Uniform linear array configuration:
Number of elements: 12
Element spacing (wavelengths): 0.75
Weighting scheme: exponential
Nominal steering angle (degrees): -15
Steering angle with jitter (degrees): -14.584
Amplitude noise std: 0.05
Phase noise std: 0.05

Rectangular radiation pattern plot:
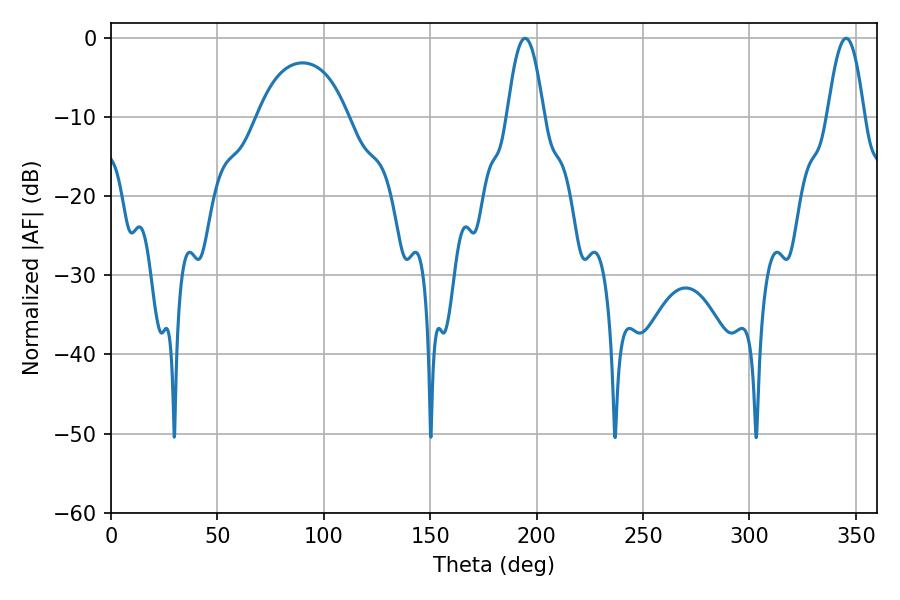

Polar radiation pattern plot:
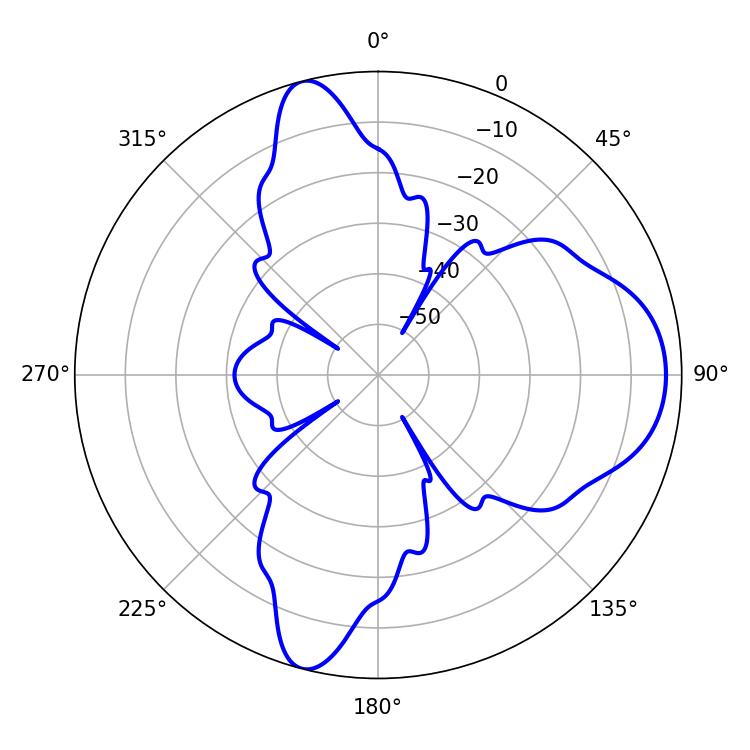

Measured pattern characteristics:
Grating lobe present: TRUE
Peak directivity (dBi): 10.554
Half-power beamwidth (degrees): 9.36
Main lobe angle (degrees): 194.58